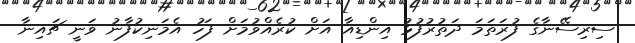
ސިރިސޭނާގެ ފުރަތަމަ ދަތުރުފުޅު އިންޑިއާ އަށް ކުރެއްވުމަށް ފަހު އެމަނިކުފާނު ވަނީ ޗައިނާ